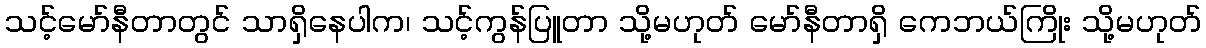
သင့်မော်နီတာတွင် သာရှိနေပါက၊ သင့်ကွန်ပြူတာ သို့မဟုတ် မော်နီတာရှိ ကေဘယ်ကြိုး သို့မဟုတ်